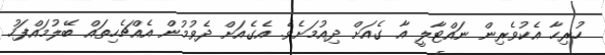
ހުރިހާ އެކުވެރިން ނައްޓާލީ އާ ގެއަށް ދިއުމަށެވެ. އެގެއަށް ދެވުމުން އެއްޗެހިތައް ބޭލުމައްފަހު